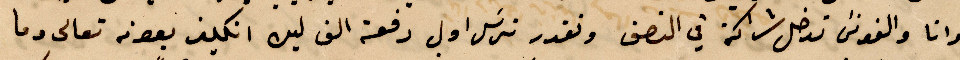
وانا والفونس ندخل شراكة في النصف ونقدر نرسل اول دفعة الف ليره انكليز بعونه تعالى وما